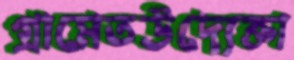
গ্রামেতউদ্যেক্তা